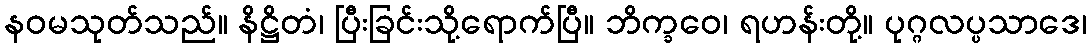
နဝမသုတ်သည်။ နိဋ္ဌိတံ၊ ပြီးခြင်းသို့ရောက်ပြီ။ ဘိက္ခဝေ၊ ရဟန်းတို့။ ပုဂ္ဂလပ္ပသာဒေ၊